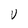
Character: V